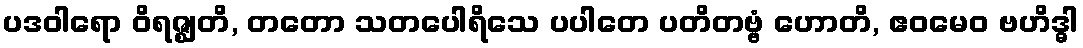
ပဒဝါရော ဝိရဇ္ဈတိ, တတော သတပေါရိသေ ပပါတေ ပတိတဗ္ဗံ ဟောတိ, ဧဝမေဝ ဗဟိဒ္ဓါ